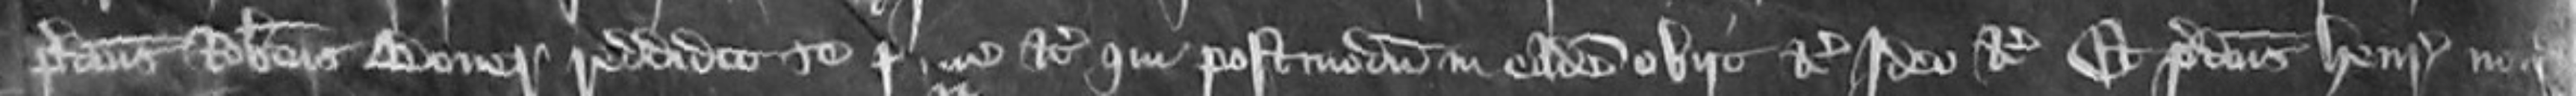
predictus Robertus Boner reddidit se prisone etc qui postmodum in eadem obiit etc Ideo etc et predictus Henricus non